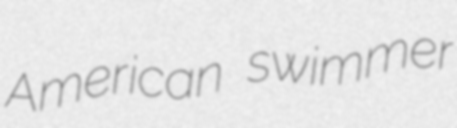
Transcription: American swimmer